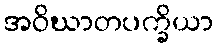
အဝိဃာတပက္ခိယာ